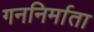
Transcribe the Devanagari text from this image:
गननिर्माता